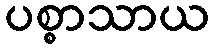
ပစ္စာသာယ